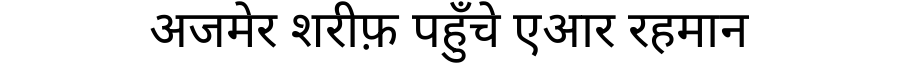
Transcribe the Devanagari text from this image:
अजमेर शरीफ़ पहुँचे एआर रहमान